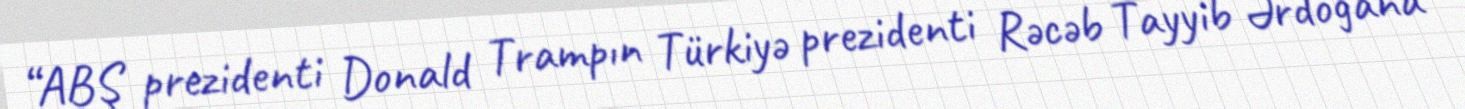
“ABŞ prezidenti Donald Trampın Türkiyə prezidenti Rəcəb Tayyib Ərdoğana